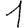
Digit: 1